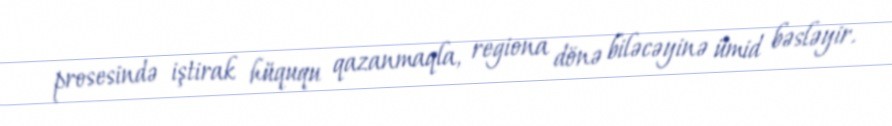
prosesində iştirak hüququ qazanmaqla, regiona dönə biləcəyinə ümid bəsləyir.